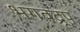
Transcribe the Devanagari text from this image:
भगवद्रूप